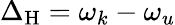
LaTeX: \Delta_{\mathrm{H}}=\omega_{k}-\omega_{u}